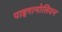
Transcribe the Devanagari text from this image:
पाइगामोलियन